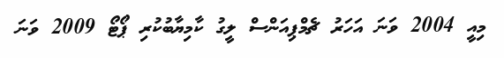
މިއީ 2004 ވަނަ އަހަރު ޗެމްޕިއަންސް ލީގު ކާމިޔާބުކުރި ޕޯޓޯ 2009 ވަނަ